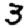
Digit: 3